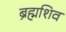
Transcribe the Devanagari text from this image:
ब्रह्मशिव